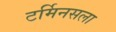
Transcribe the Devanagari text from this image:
टर्मिनसला